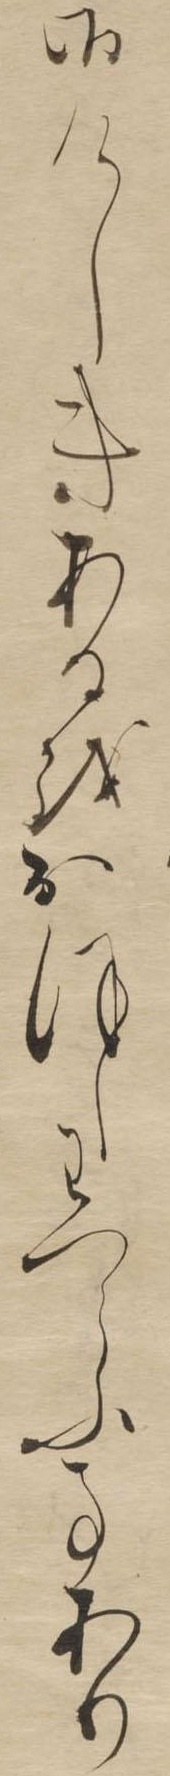
御けしきあるをおほしわつらふ事あり